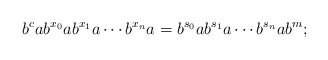
\begin{align*}b^cab^{x_0}ab^{x_1}a\cdots b^{x_n}a=b^{s_0}ab^{s_1}a\cdots b^{s_n}ab^m;\end{align*}